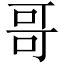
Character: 哥